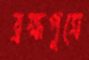
ব্রহ্মপুত্রে